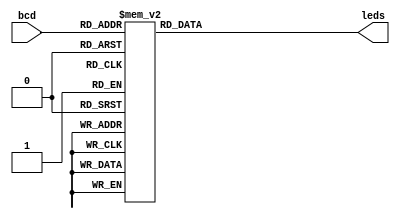
module top(bcd, leds);  
input [3:0]bcd;
output [1:7]leds; 
reg [1:7]leds; 
always @(bcd) 
  case(bcd) 
    0: leds=7'b1111110; 
    1: leds=7'b0110000; 
    2: leds=7'b1101101; 
    3: leds=7'b1111001; 
    4: leds=7'b0110011; 
    5: leds=7'b1011011; 
    6: leds=7'b1011111; 
    7: leds=7'b1110000; 
    8: leds=7'b1111111; 
    9: leds=7'b1111011; 
    default: leds=7'bx; 
  endcase 
 
endmodule